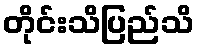
တိုင်းသိပြည်သိ